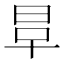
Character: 𣆉